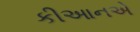
કીઆનએ